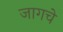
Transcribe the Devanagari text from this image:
जागचे